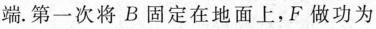
端。第一次将B固定在地面上，F做功为